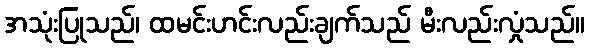
အသုံးပြုသည်၊ ထမင်းဟင်းလည်းချက်သည် မီးလည်းလှုံသည်။